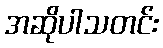
အဆိုပါသတင်း